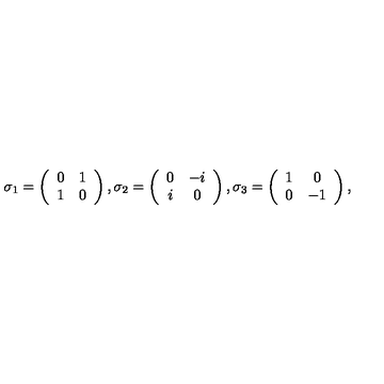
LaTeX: \sigma _ { 1 } = \left( \begin{array} { c c } { 0 } & { 1 } \\ { 1 } & { 0 } \\ \end{array} \right) , \sigma _ { 2 } = \left( \begin{array} { c c } { 0 } & { - i } \\ { i } & { 0 } \\ \end{array} \right) , \sigma _ { 3 } = \left( \begin{array} { c c } { 1 } & { 0 } \\ { 0 } & { - 1 } \\ \end{array} \right) , \,